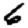
Digit: 6